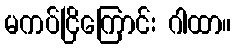
မကပ်ငြိကြောင်း ဂါထာ။